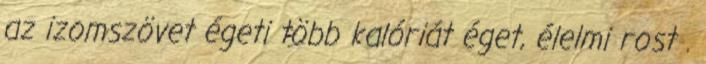
az izomszövet égeti több kalóriát éget, élelmi rost .